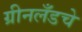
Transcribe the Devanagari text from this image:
ग्रीनलँडचे